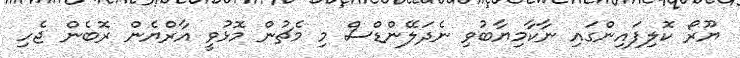
ޔޫރޯ ކޮލިފައިންގައި ނާކާމިޔާބުވި ނެދަލޭންޑްސް މި މެޗުން މޮޅުވީ އާރްޔެން ރޮބެން ޖެހި